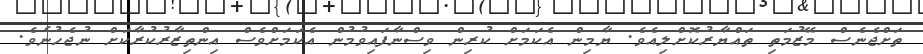
ތަށްޖެނެސް މޭޒުމަތި ތައްޔާރުކޮށްލިއެވެ. ޔާމިން އެކަމަށް ކުރިން ވިސްނާފައިވުމުން އެކަމަށްވެސް އިންތިޒާރުކުރާކަަށް ނުޖެހުނެވެ.